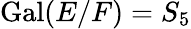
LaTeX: \operatorname{Gal}(E/F)=S_{5}